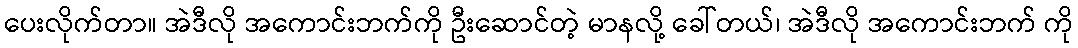
ပေးလိုက်တာ။ အဲဒီလို အကောင်းဘက်ကို ဦးဆောင်တဲ့ မာနလို့ ခေါ်တယ်၊ အဲဒီလို အကောင်းဘက် ကို